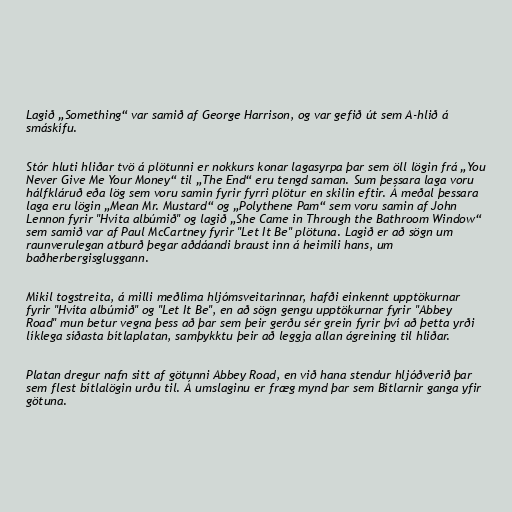
Lagið „Something“ var samið af George Harrison, og var gefið út sem A-hlið á
smáskífu.

Stór hluti hliðar tvö á plötunni er nokkurs konar lagasyrpa þar sem öll lögin frá „You
Never Give Me Your Money“ til „The End“ eru tengd saman. Sum þessara laga voru
hálfkláruð eða lög sem voru samin fyrir fyrri plötur en skilin eftir. Á meðal þessara
laga eru lögin „Mean Mr. Mustard“ og „Polythene Pam“ sem voru samin af John
Lennon fyrir "Hvíta albúmið" og lagið „She Came in Through the Bathroom Window“
sem samið var af Paul McCartney fyrir "Let It Be" plötuna. Lagið er að sögn um
raunverulegan atburð þegar aðdáandi braust inn á heimili hans, um
baðherbergisgluggann.

Mikil togstreita, á milli meðlima hljómsveitarinnar, hafði einkennt upptökurnar
fyrir "Hvíta albúmið" og "Let It Be", en að sögn gengu upptökurnar fyrir "Abbey
Road" mun betur vegna þess að þar sem þeir gerðu sér grein fyrir því að þetta yrði
líklega síðasta bítlaplatan, samþykktu þeir að leggja allan ágreining til hliðar.

Platan dregur nafn sitt af götunni Abbey Road, en við hana stendur hljóðverið þar
sem flest bítlalögin urðu til. Á umslaginu er fræg mynd þar sem Bítlarnir ganga yfir
götuna.